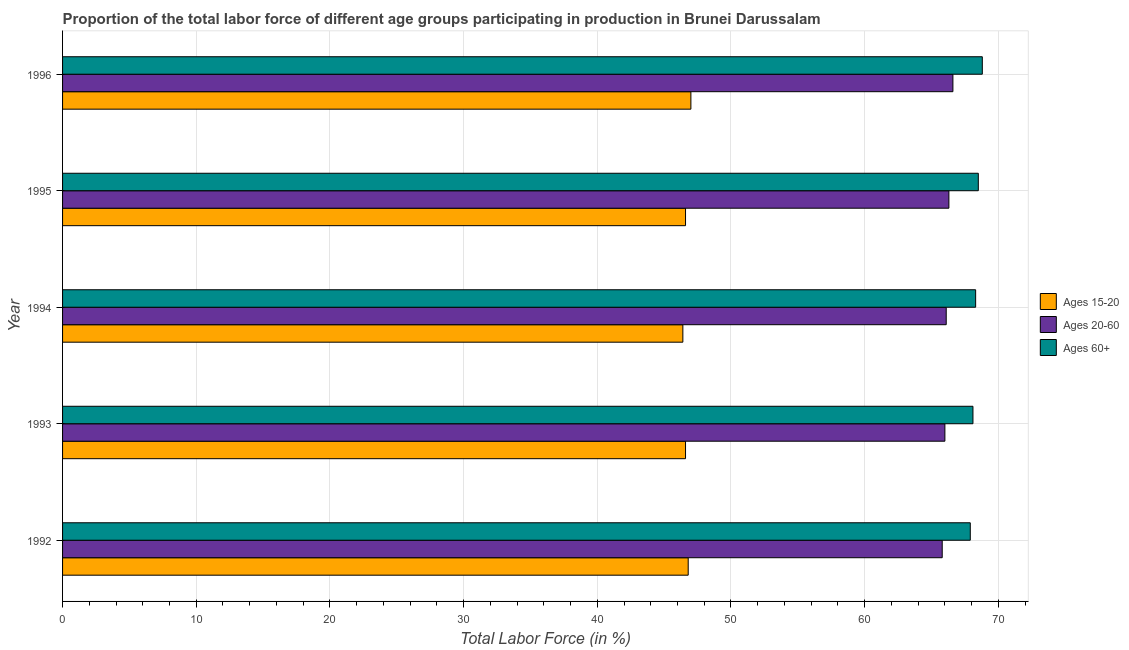
| Year | Ages 15-20 | Ages 20-60 | Ages 60+ |
 | --- | --- | --- | --- |
 | 1992 | 46.8 | 65.8 | 67.9 |
 | 1993 | 46.6 | 66 | 68.1 |
 | 1994 | 46.4 | 66.1 | 68.3 |
 | 1995 | 46.6 | 66.3 | 68.5 |
 | 1996 | 47 | 66.6 | 68.8 |